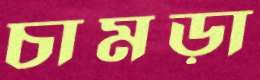
চামড়া